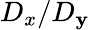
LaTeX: D_{x}/D_{\mathbf{y}}